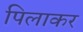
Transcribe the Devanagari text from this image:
पिलाकर